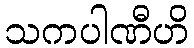
သကပါဏီဟိ